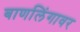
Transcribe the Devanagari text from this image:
बाणलिंगावर